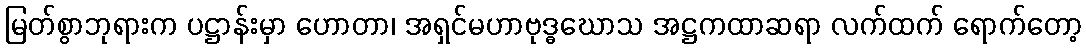
မြတ်စွာဘုရားက ပဋ္ဌာန်းမှာ ဟောတာ၊ အရှင်မဟာဗုဒ္ဓဃောသ အဋ္ဌကထာဆရာ လက်ထက် ရောက်တော့